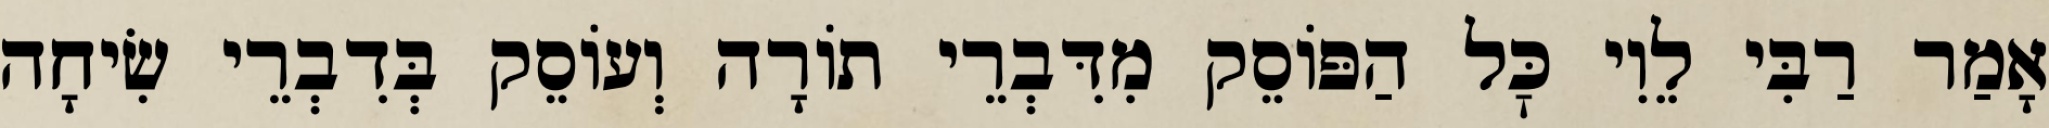
אָמַר רַבִּי לֵוִי כׇּל הַפּוֹסֵק מִדִּבְרֵי תוֹרָה וְעוֹסֵק בְּדִבְרֵי שִׂיחָה